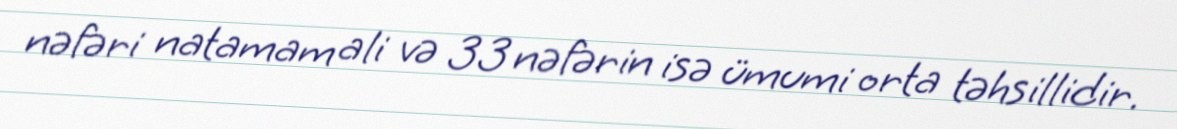
nəfəri natamam ali və 33 nəfərin isə ümumi orta təhsillidir.